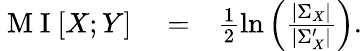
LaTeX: \begin{array}{rlr}{\mathrm{~M~I~}[X;Y]}&{{}=}&{\frac{1}{2}\ln\Big(\frac{|\Sigma_{X}|}{|\Sigma_{X}^{\prime}|}\Big).}\end{array}